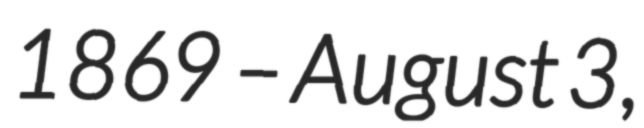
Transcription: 1869 – August 3,